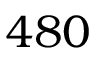
4 8 0